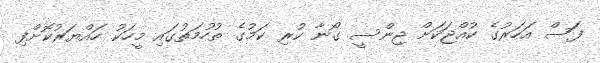
ފަސް އަހަރުގެ ކުއްޖަކަށް ޖިންސީ ގޯނާ ކުރި ކަމުގެ ތުހުމަތުގައި މީހަކު ހައްޔަރުކޮށްފި